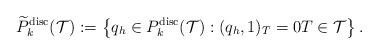
LaTeX: \begin{align*}\widetilde{P}_{k}^{\mathrm{disc}}(\mathcal{T}):=\left\{q_h\in {P}_{k}^{\mathrm{disc}}(\mathcal{T}): (q_h, 1)_T=0 T\in\mathcal{T}\right\}.\end{align*}